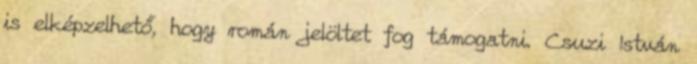
is elképzelhető, hogy román jelöltet fog támogatni. Csuzi István